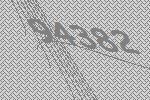
94382